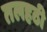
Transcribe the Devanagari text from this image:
तलहठी